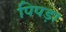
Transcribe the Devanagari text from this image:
पिपड़ा